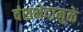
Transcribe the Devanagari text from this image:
वंशभेदामुळे